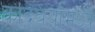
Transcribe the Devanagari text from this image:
कांदबर्यांमध्ये